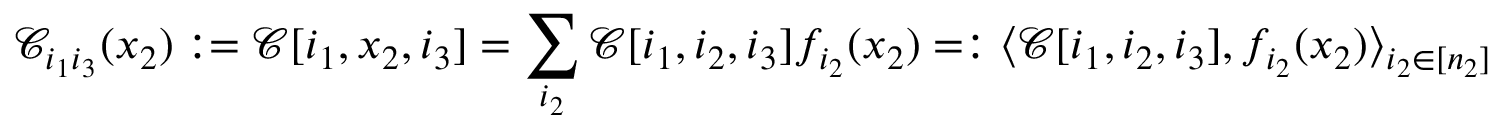
\mathcal { C } _ { i _ { 1 } i _ { 3 } } ( x _ { 2 } ) : = \mathcal { C } [ i _ { 1 } , x _ { 2 } , i _ { 3 } ] = \sum _ { i _ { 2 } } \mathcal { C } [ i _ { 1 } , i _ { 2 } , i _ { 3 } ] f _ { i _ { 2 } } ( x _ { 2 } ) = : \langle \mathcal { C } [ i _ { 1 } , i _ { 2 } , i _ { 3 } ] , f _ { i _ { 2 } } ( x _ { 2 } ) \rangle _ { i _ { 2 } \in [ n _ { 2 } ] }